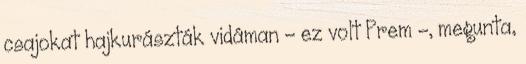
csajokat hajkurászták vidáman – ez volt Prem -, megunta,